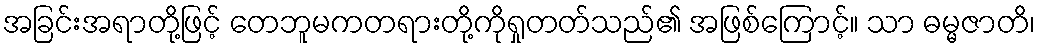
အခြင်းအရာတို့ဖြင့် တေဘူမကတရားတို့ကိုရှုတတ်သည်၏ အဖြစ်ကြောင့်။ သာ ဓမ္မဇာတိ၊